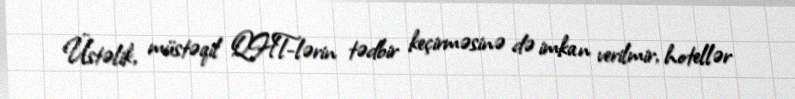
Üstəlik, müstəqil QHT-lərin tədbir keçirməsinə də imkan verilmir, hotellər